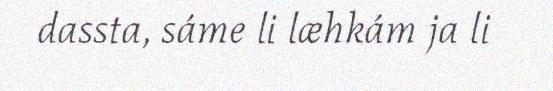
dassta, sáme li læhkám ja li